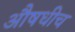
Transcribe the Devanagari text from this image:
औषधीच